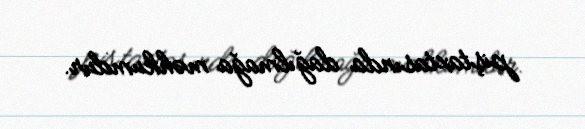
piştaxtasında dağılmağa məhkumdur.